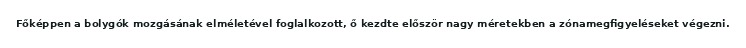
Főképpen a bolygók mozgásának elméletével foglalkozott, ő kezdte először nagy méretekben a zónamegfigyeléseket végezni.